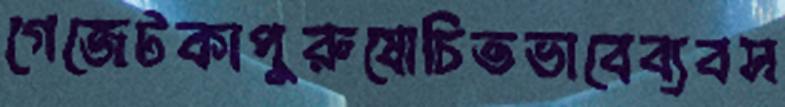
গেজেটকাপুরুষোচিতভাবেব্যবস